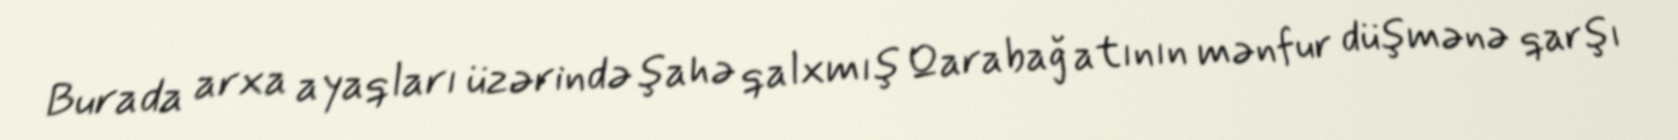
Burada arxa ayaqları üzərində şahə qalxmış Qarabağ atının mənfur düşmənə qarşı